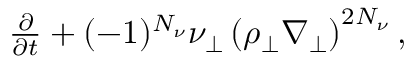
\begin{array} { r } { \frac { \partial } { \partial t } + ( - 1 ) ^ { N _ { \nu } } \nu _ { \perp } \left( \rho _ { \perp } { \boldsymbol { \nabla } } _ { \perp } \right) ^ { 2 { N _ { \nu } } } , } \end{array}